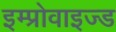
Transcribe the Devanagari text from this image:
इम्प्रोवाइज्ड